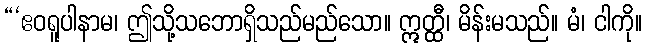
“‘ဧဝရူပါနာမ၊ ဤသို့သဘောရှိသည်မည်သော။ ဣတ္ထီ၊ မိန်းမသည်။ မံ၊ ငါကို။